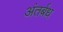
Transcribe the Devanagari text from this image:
अंतर्बध